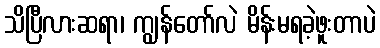
သိပြီလားဆရာ၊ ကျွန်တော်လဲ မိန်းမရခဲ့ဖူးတာပဲ